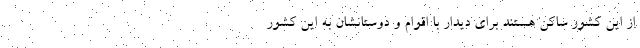
از این کشور ساکن هستند برای دیدار با اقوام و دوستانشان به این کشور